Problem: 21 + 48 = ?
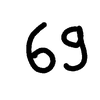
Handwritten answer: 69